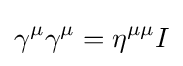
\gamma ^{\mu }\gamma ^{\mu }=\eta ^{\mu \mu }I